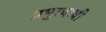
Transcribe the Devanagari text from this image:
प्रभुत्वाची